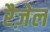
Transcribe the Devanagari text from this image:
रैज़ेल